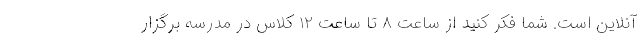
آنلاین است. شما فکر کنید از ساعت ۸ تا ساعت ۱۲ کلاس در مدرسه برگزار